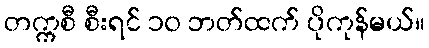
တက္ကစီ စီးရင် ၁၀ ဘတ်ထက် ပိုကုန်မယ်။